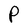
Character: P